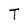
Character: T